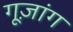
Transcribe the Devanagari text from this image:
गूज़ांग